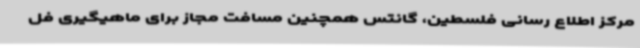
مرکز اطلاع رسانی فلسطین، گانتس همچنین مسافت مجاز برای ماهیگیری فل